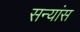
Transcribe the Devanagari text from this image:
सन्यांस